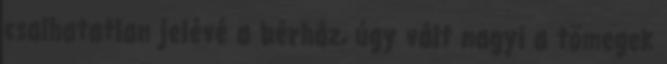
csalhatatlan jelévé a bérház, úgy vált nagyi a tömegek